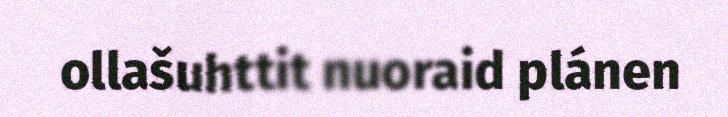
ollašuhttit nuoraid plánen